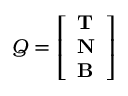
Q = \left[ { \begin{array} { l } { \mathbf { T } } \\ { \mathbf { N } } \\ { \mathbf { B } } \end{array} } \right]